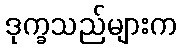
ဒုက္ခသည်များက